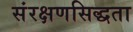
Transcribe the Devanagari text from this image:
संरक्षणसिद्धता